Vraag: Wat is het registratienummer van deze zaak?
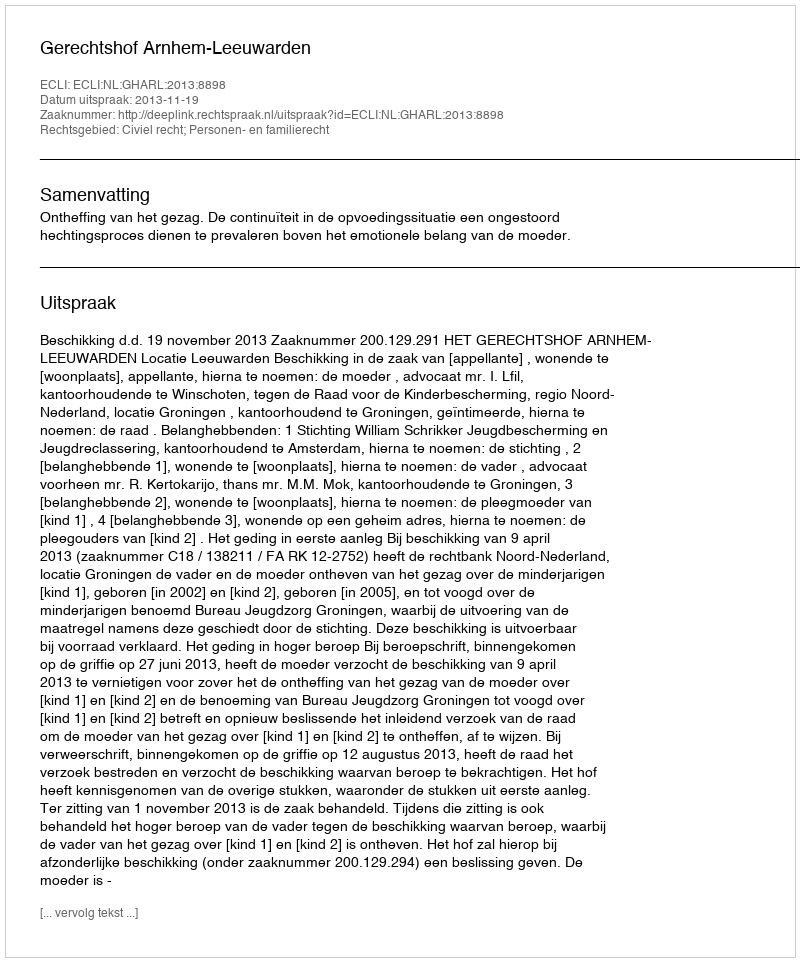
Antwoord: http://deeplink.rechtspraak.nl/uitspraak?id=ECLI:NL:GHARL:2013:8898